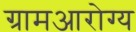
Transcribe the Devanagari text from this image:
ग्रामआरोग्य